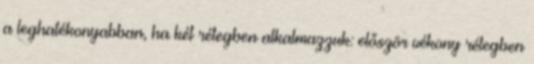
a leghatékonyabban, ha két rétegben alkalmazzuk: először vékony rétegben